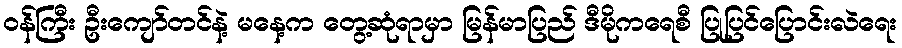
ဝန်ကြီး ဦးကျော်တင်နဲ့ မနေ့က တွေ့ဆုံရာမှာ မြန်မာပြည် ဒီမိုကရေစီ ပြုပြင်ပြောင်းလဲရေး